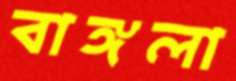
বাঙ্গলা